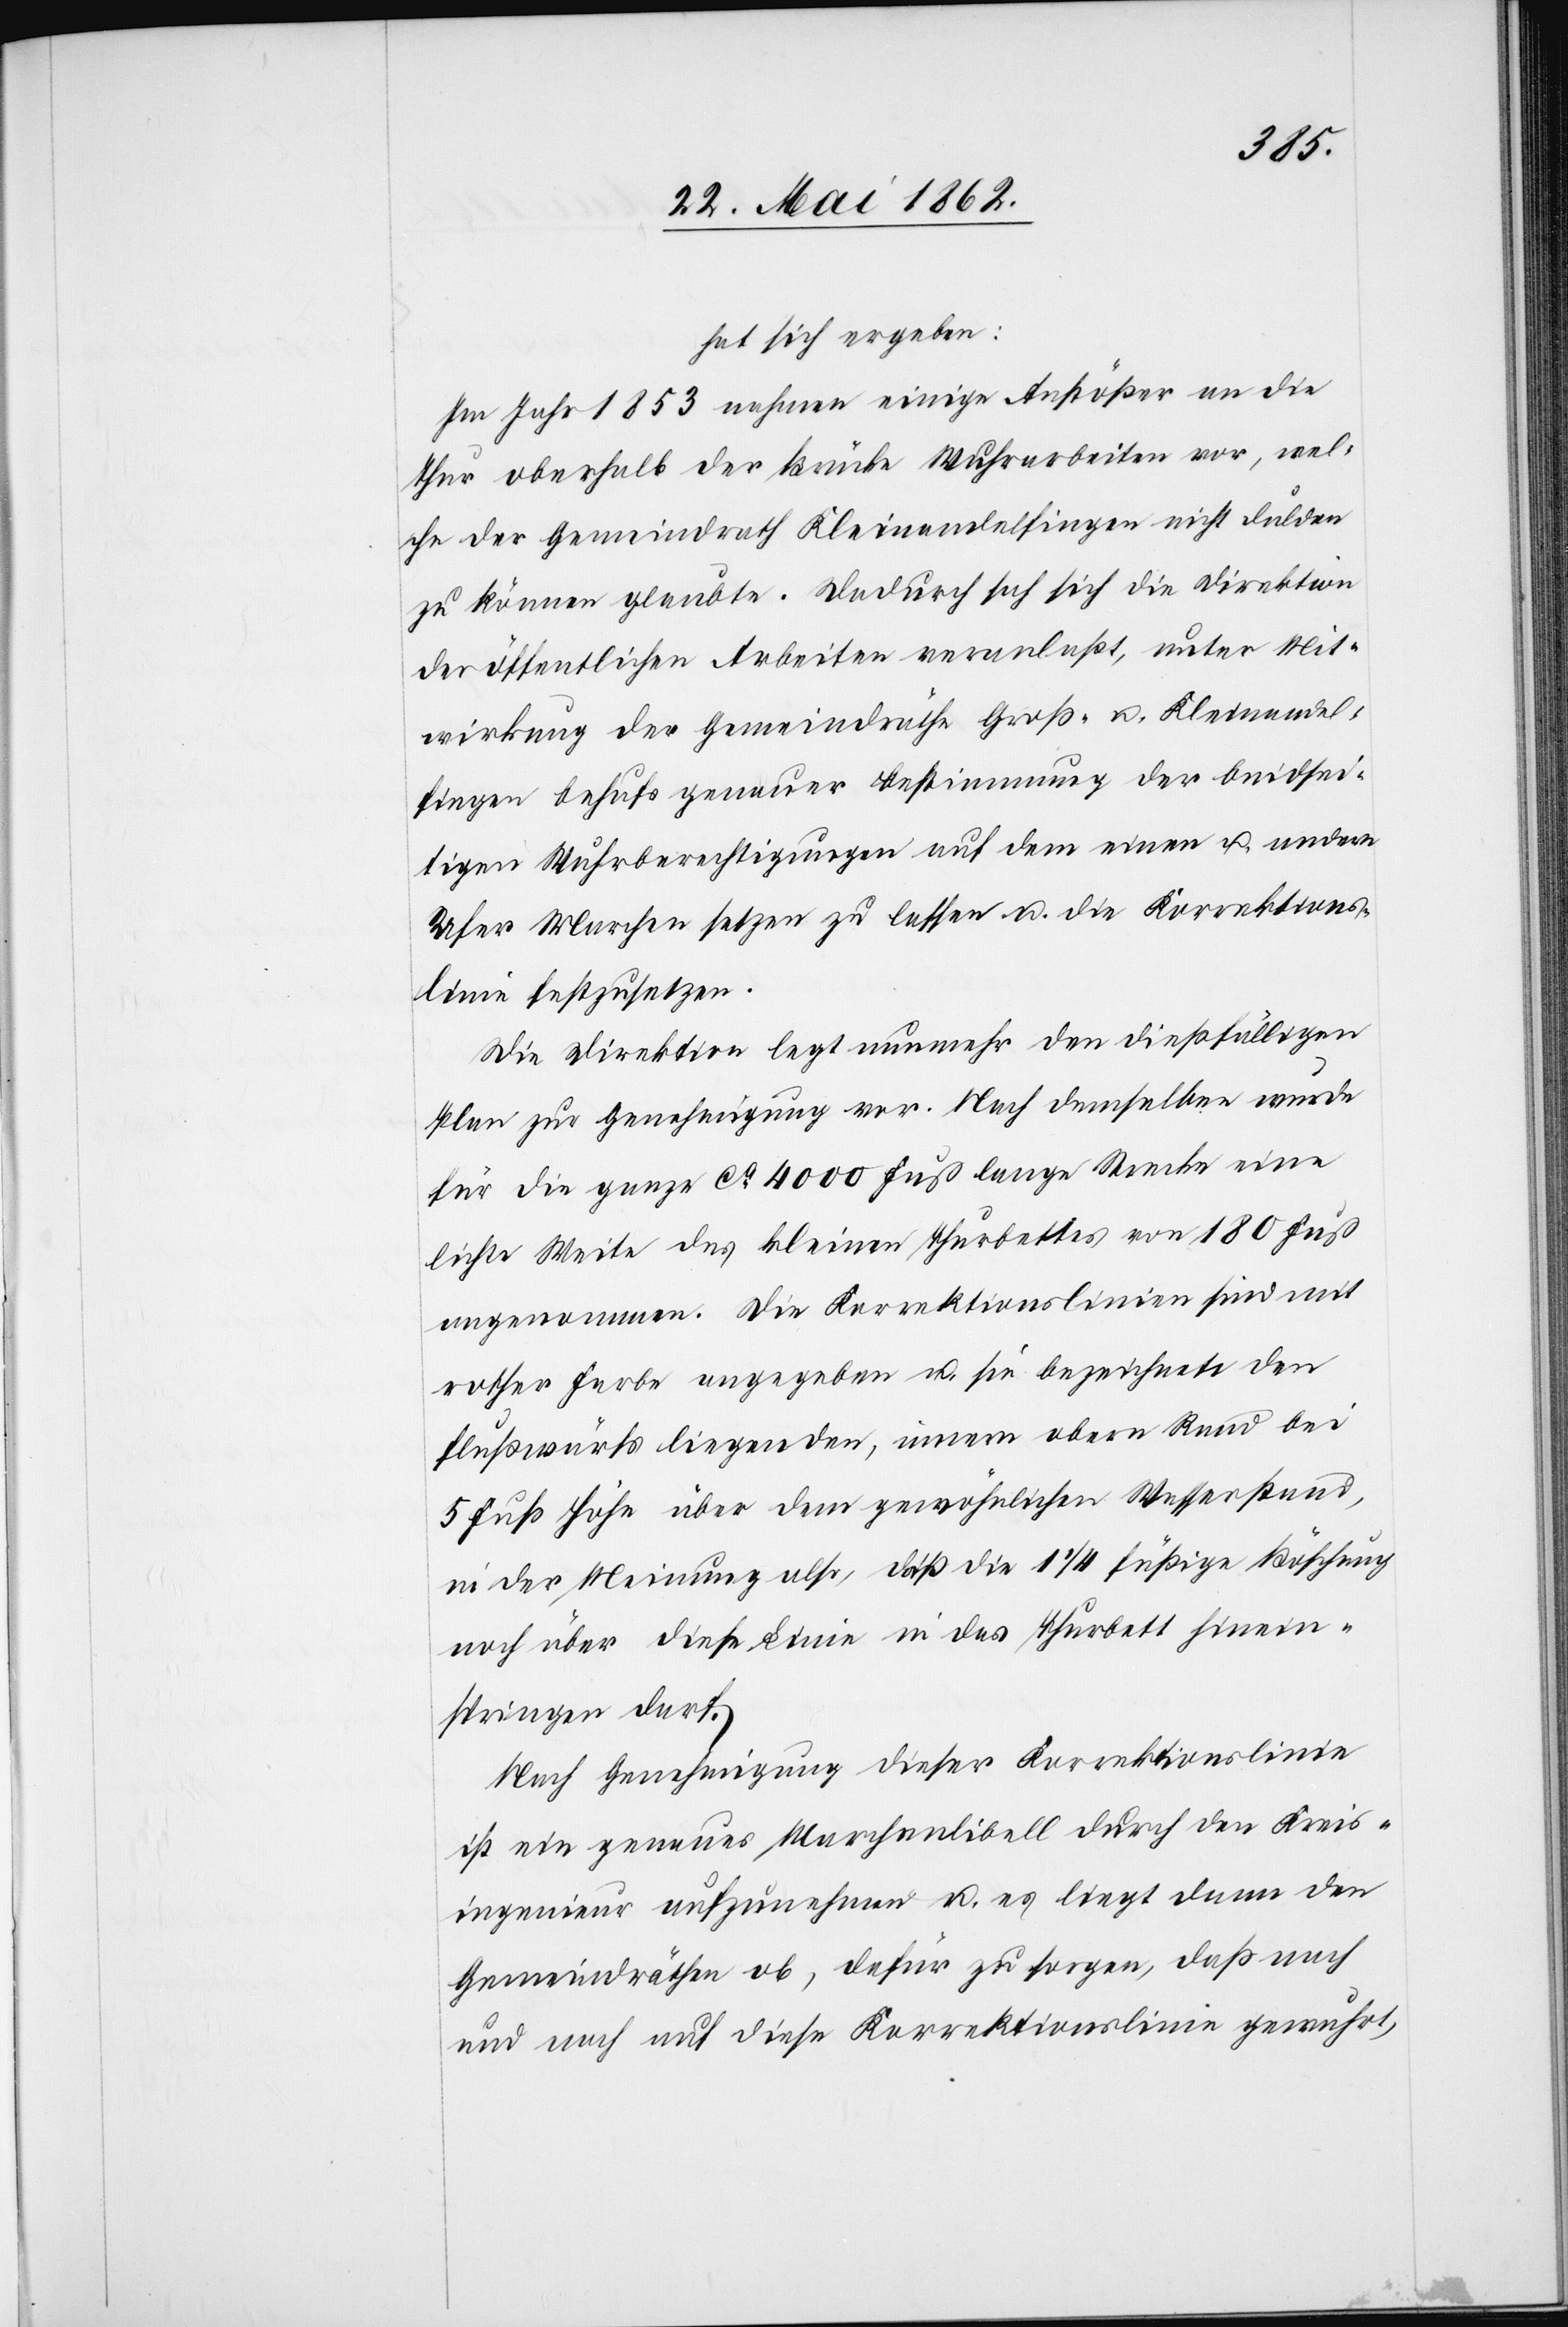
hat sich ergeben:
Im Jahr 1853 nahmen einige Anstößer an die
Thur oberhalb der Brücke Wuhrarbeiten vor, wel¬
che der Gemeindrath Kleinandelfingen nicht dulden
zu können glaubte. Dadurch sah sich die Direktion
der öffentlichen Arbeiten veranlaßt, unter Mit¬
wirkung der Gemeindräthe Groß- u. Kleinandel¬
fingen behufs genauer Bestimmung der beidsei¬
tigen Wuhrberichtigungen auf dem einen u. andern
Ufer Marchen setzen zu lassen u. die Korrektions¬
linie festzusetzen.
Die Direktion legt nunmehr den dießfälligen
Plan zur Genehmigung vor. Nach demselben wurde
für die ganze ca 4000 Fuß lange Strecke eine
lichte Weite des kleinen Thurbettes von 180 Fuß
angenommen. Die Korrektionslinien sind mit
rother Farbe angegeben u. sie bezeichnete den
Flußwärts liegenden, einem obern Rand bei
5 Fuß Höhe über dem gewöhnlichen Wasserstand,
in der Meinung also, daß die 1 1/4 füßige Böschung
noch über diese Linie in das Thurbett hinein¬
springen darf.
Nach Genehmigung dieser Korrektionslinie
ist ein genaues Marchenlibell durch den Kreis¬
ingenieur aufzunehmen u. es liegt dann den
Gemeindräthen ob, dafür zu sorgen, daß nach
und nach auf diese Korrektionslinie gewuhrt,